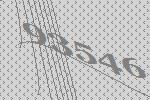
93546